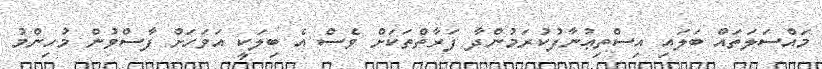
މައްސަލަތައް ބަލައި އިސްތިޢުނާފުކުރަމުންދާ ފަރާތްތަކަށް ވެސް އެ ބިލަކީ އަވަހަށް ފާސްވުން މުހިންމު